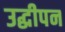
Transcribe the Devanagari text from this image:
उद्धीपन